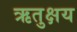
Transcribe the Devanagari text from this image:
ऋतुक्षय